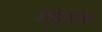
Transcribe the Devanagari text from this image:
प्रसिद्धचरित्र